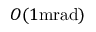
O ( 1 \mathrm { { m r a d } ) }